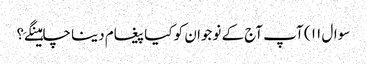
سوال ۱۱ ) آپ آج کے نوجوان کو کیا پیغام دینا چاہینگےَ؟